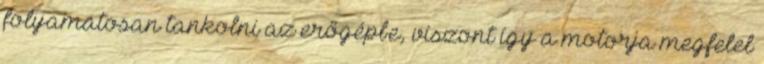
folyamatosan tankolni az erőgépbe, viszont így a motorja megfelel